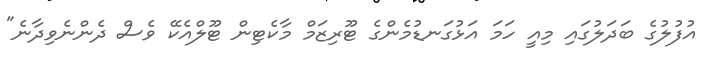
އުފުލުގެ ބަދަލުގައި މިއީ ހަމަ އަޅުގަނޑުމެންގެ ޓޫރިޒަމް މާކެޓިން ޓޫލްއެކޭ ވެސް ދެންނެވިދާނެ"